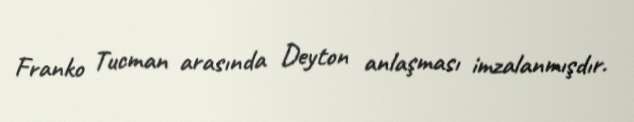
Franko Tucman arasında Deyton anlaşması imzalanmışdır.